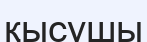
қысушы